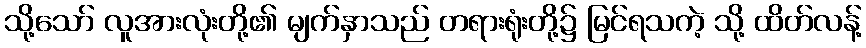
သို့သော် လူအားလုံးတို့၏ မျက်နှာသည် တရားရုံးတို့၌ မြင်ရသကဲ့ သို့ ထိတ်လန့်